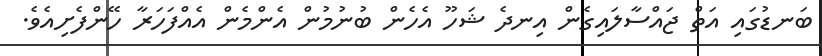
ބަނޑުގައި އަތް ޖައްސާލައިގެން އިނދެ ޝަހޫ އެހެން ބުނުމުން އެންމެން އެއްފަހަރާ ހޭންފެށިއެވެ.